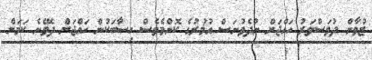
ޒުވާން ދުވަސްވަރު ހައްޖަށް ނުދެވުނަސް އުމުރުގެ ކޮންމެވެސް ހިސާބަކުން ހައްޖަށް ދެވޭނެ ކަމަށް